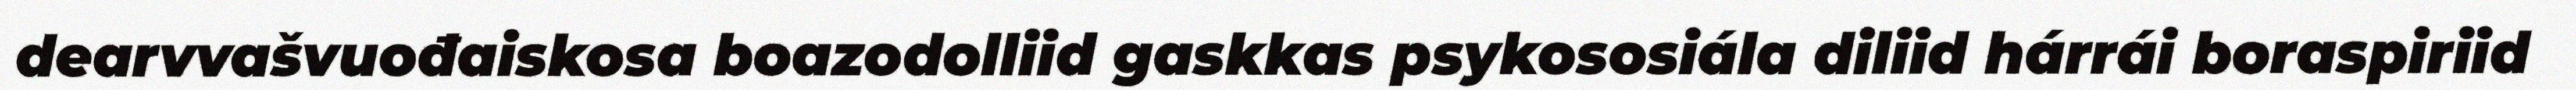
dearvvašvuođaiskosa boazodolliid gaskkas psykososiála diliid hárrái boraspiriid